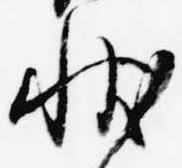
状